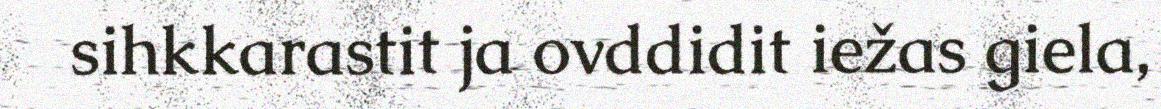
sihkkarastit ja ovddidit iežas giela,